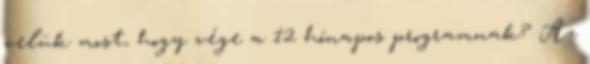
velük most, hogy vége a 12 hónapos programnak? Az